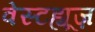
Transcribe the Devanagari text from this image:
वेस्टह्यूज़